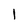
Character: 1